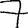
Digit: 7